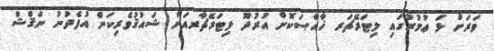
ވަރަށް ޅަ ޢުމުރުގައި ލިޓަރޭޗަރ ޚާއްޞަކޮށް އުރުދޫ ލިޓަރޭޗާރއަށް ޝައުޤުވެރިކަން އުފެދުނު ނަޤްޝް